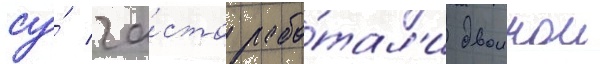
су́ ча́сто рабо́тал'и двоинои